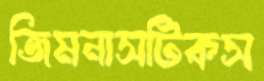
জিমনাসটিকস